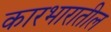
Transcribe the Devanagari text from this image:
कारभारातील